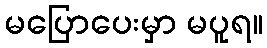
မပြောပေးမှာ မပူရ။